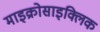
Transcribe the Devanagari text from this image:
माइक्रोसाइक्लिक